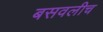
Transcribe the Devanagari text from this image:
बसवलीच